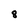
Character: 8